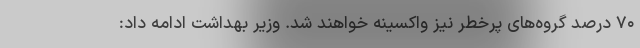
۷۰ درصد گروه‌های پرخطر نیز واکسینه خواهند شد. وزیر بهداشت ادامه داد: